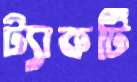
ট্যাকটি